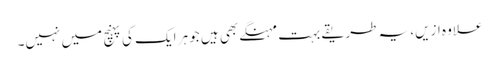
علاوہ ازیں، یہ طریقے بہت مہنگے بھی ہیں جو ہر ایک کی پہنچ میں نہیں۔